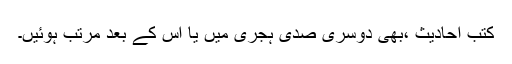
کتب احادیث ،بھی دوسری صدی ہجری میں یا اس کے بعد مرتب ہوئیں۔